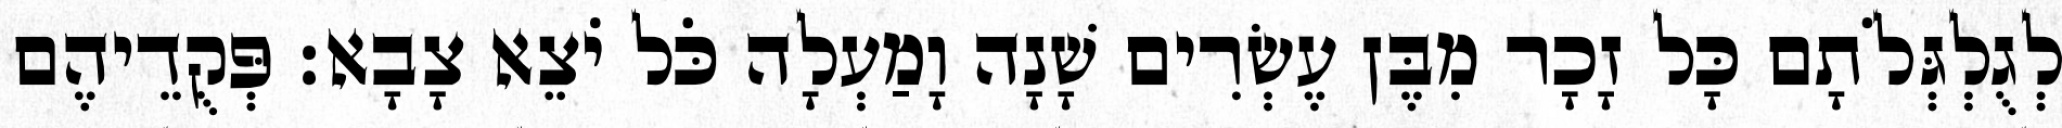
לְגֻלְגְּלֹתָם כָּל זָכָר מִבֶּן עֶשְׂרִים שָׁנָה וָמַעְלָה כֹּל יֹצֵא צָבָא׃ פְּקֻדֵיהֶם